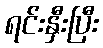
ရင်းနှီးပြီး